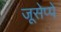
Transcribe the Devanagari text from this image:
जूसेप्पे